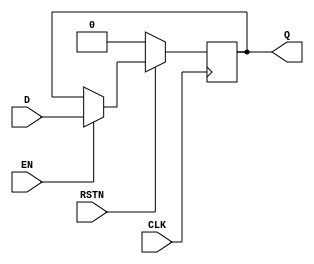
`default_nettype none

// D-type flip-flop w/ enable
module D_FF_EN
(
    input wire  CLK,
    input wire  RSTN,
    input wire  D,
    input wire  EN,
    output wire Q
);

    reg q;

    always @(posedge CLK) begin
        if(!RSTN) begin
            q <= 1'b0;
        end
        else if(EN) begin
            q <= D;
        end
    end

    assign Q = q;
endmodule

`default_nettype wire